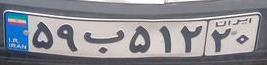
۵۹ب۵۱۲۲۰